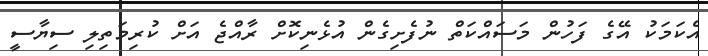
އެކަމަކު އޭގެ ފަހުން މަސައްކަތް ނުފެށިގެން އުޅެނިކޮށް ރާއްޖެ އަށް ކުރިމަތިލި ސިޔާސީ